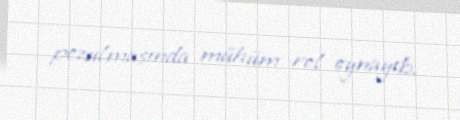
pozulmasında mühüm rol oynayıb.